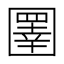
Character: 圛